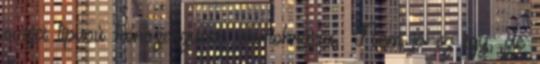
svájci típusú konszenzusos demokrácia. Nem jó ez így, de